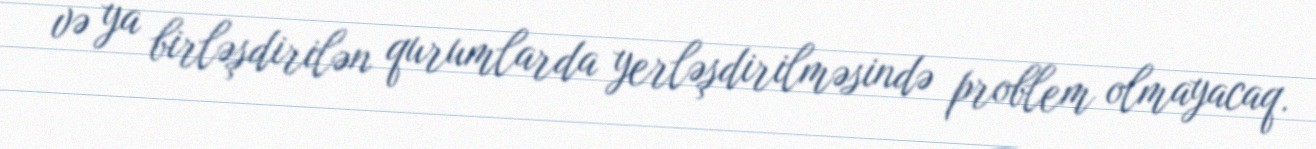
və ya birləşdirilən qurumlarda yerləşdirilməsində problem olmayacaq.